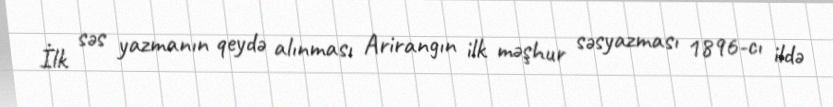
İlk səs yazmanın qeydə alınması Arirangın ilk məşhur səsyazması 1896-cı ildə